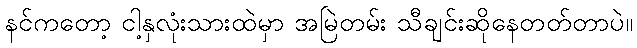
နင်ကတော့ ငါ့နှလုံးသားထဲမှာ အမြဲတမ်း သီချင်းဆိုနေတတ်တာပဲ။